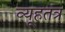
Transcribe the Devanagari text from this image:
व्यूहतंत्र